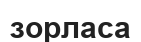
зорласа